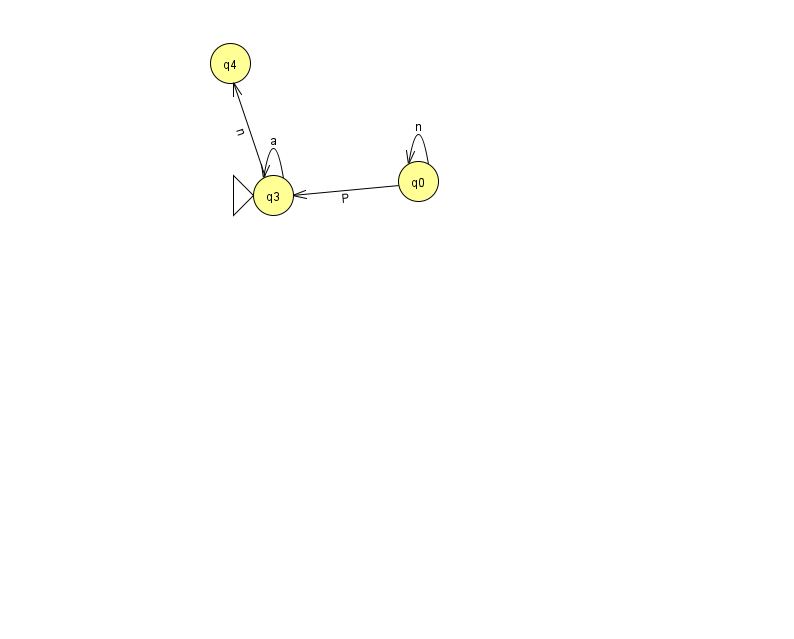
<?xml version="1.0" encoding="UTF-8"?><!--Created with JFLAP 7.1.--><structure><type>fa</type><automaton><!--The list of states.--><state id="0" name="q0"><x>418.0</x><y>168.0</y></state><state id="3" name="q3"><x>273.0</x><y>182.0</y><initial/></state><state id="4" name="q4"><x>230.0</x><y>50.0</y></state><!--The list of transitions.--><transition><from>3</from><to>3</to><read>a</read></transition><transition><from>3</from><to>4</to><read>n</read></transition><transition><from>0</from><to>3</to><read>P</read></transition><transition><from>0</from><to>0</to><read>n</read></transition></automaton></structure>